Civil Veterinary Dept. Bombay admin report 1932-41 - 1932-1941
Year: 1932
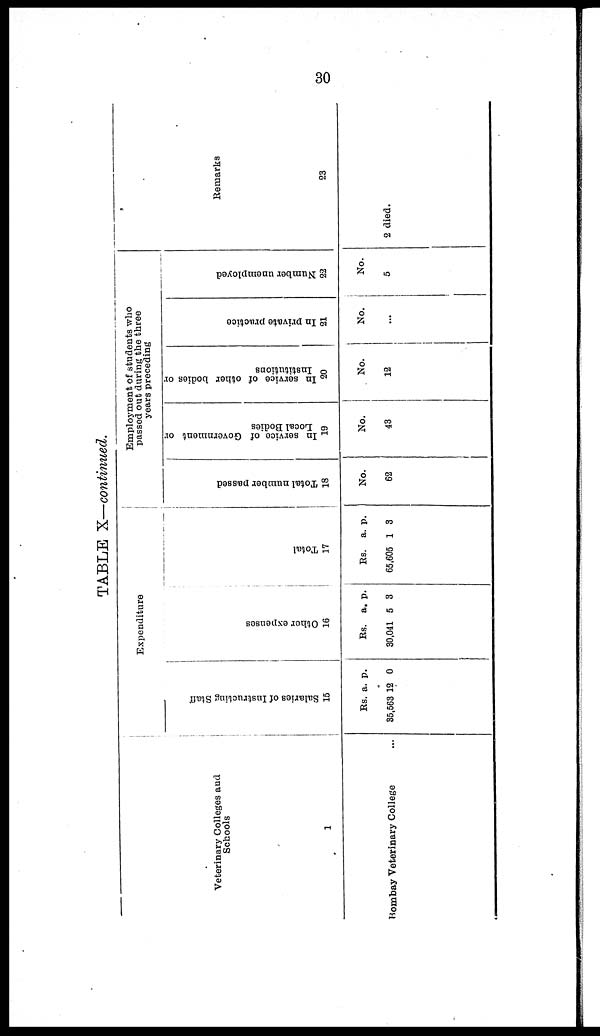
30
TABLE X—continued.
Veterinary Colleges and
Schools
1
Bombay Veterinary College ...
Expenditure
Sal ar i
es of I ns t
r uct i
ng Staff
15
Rs.
35,563
a.
12
p.
0
Ot her expenses
16
Rs.
30,041
a.
5
p.
3
Total
17
Rs.
65,605
a.
1
p.
3
Employment of students who
passed out during the three
years preceding
Total number passed
18
No.
62
In service of Government or
Local Bodies
19
No.
43
In service of other bodies or
Institutions
20
No.
12
In private practice
21
No.
...
Number unemployed
22
No.
5
Remarks
23
2 died.